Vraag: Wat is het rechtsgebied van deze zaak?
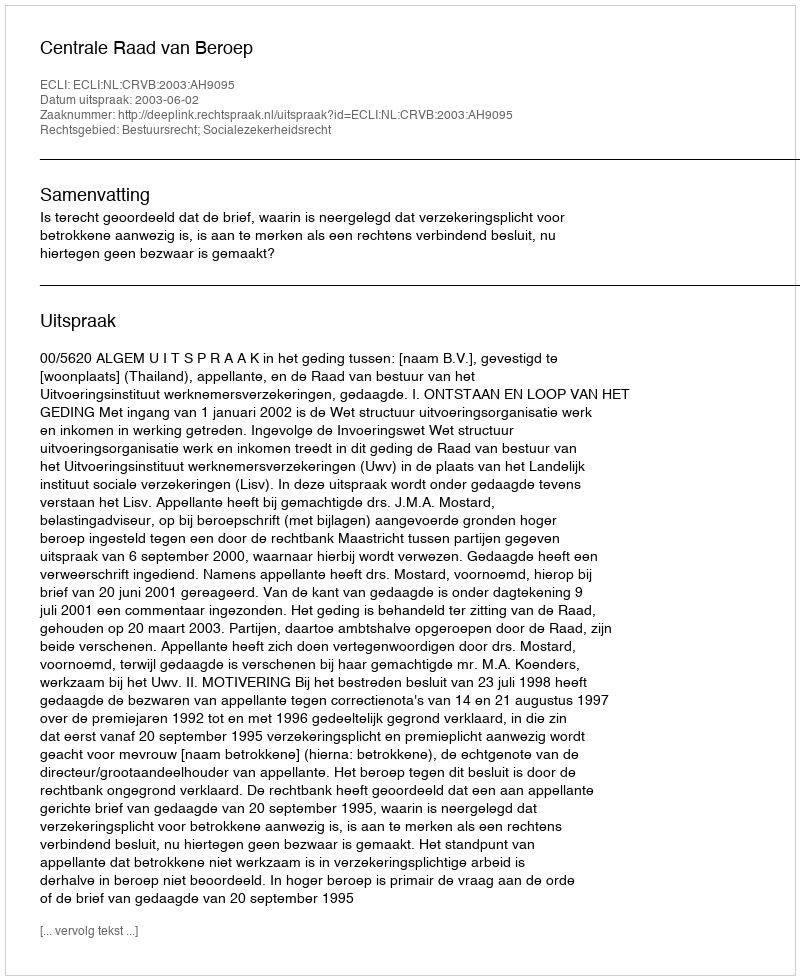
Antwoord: Bestuursrecht; Socialezekerheidsrecht